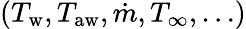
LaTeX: (T_{\mathrm{w}},T_{\mathrm{aw}},\dot{m},T_{\infty},\ldots)